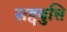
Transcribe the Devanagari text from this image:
सद्दबुत्ति